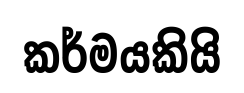
කර්මයකියි